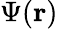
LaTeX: \Psi(\mathbf{r})